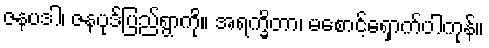
ဇနပဒါ၊ ဇနပုဒ်ပြည်ရွာကို။ အရက္ခိတာ၊ မစောင့်ရှောက်ပါကုန်။